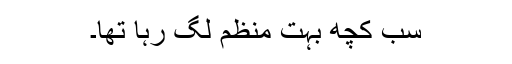
سب کچھ بہت منظم لگ رہا تھا۔